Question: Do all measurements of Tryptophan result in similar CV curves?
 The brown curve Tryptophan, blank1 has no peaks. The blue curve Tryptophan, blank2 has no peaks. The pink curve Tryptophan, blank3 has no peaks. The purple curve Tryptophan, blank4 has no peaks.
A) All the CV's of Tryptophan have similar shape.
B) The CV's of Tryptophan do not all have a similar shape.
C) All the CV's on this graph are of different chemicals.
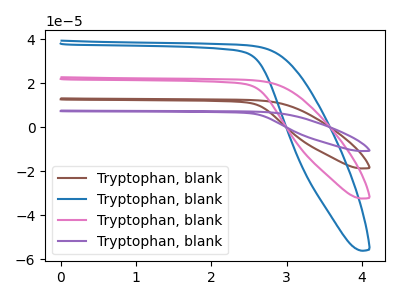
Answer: <think>Neither "Tryptophan, blank1" or "Tryptophan, blank2" have any peaks. Neither "Tryptophan, blank1" or "Tryptophan, blank3" have any peaks. Neither "Tryptophan, blank1" or "Tryptophan, blank4" have any peaks. Neither "Tryptophan, blank2" or "Tryptophan, blank3" have any peaks. Neither "Tryptophan, blank2" or "Tryptophan, blank4" have any peaks. Neither "Tryptophan, blank3" or "Tryptophan, blank4" have any peaks.
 </think>
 <answer>A) All the CV's of "Tryptophan" have similar shape.</answer>
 <eval>A</eval>